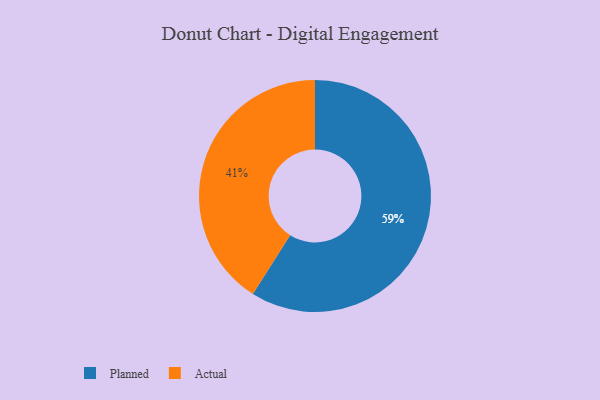
{"axis": {"x": "Category", "y": "Percentage"}, "legend": ["Actual", "Planned"], "data": [{"x": "Actual", "y": 41, "type": "Actual"}, {"x": "Planned", "y": 59, "type": "Planned"}]}